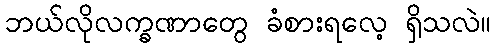
ဘယ်လိုလက္ခဏာတွေ ခံစားရလေ့ ရှိသလဲ။